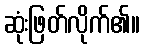
ဆုံးဖြတ်လိုက်၏။